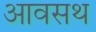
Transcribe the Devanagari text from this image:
आवसथ